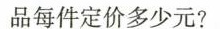
品每件定价多少元?